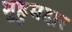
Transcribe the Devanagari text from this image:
मुहुमदार